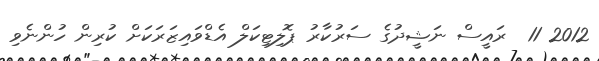
2012 11  ރައީސް ނަޝީދުގެ ސަރުކާރު ޕޮލިޓިކަލް އެޑްވައިޒަރަކަށް ކުރިން ހުންނެވި